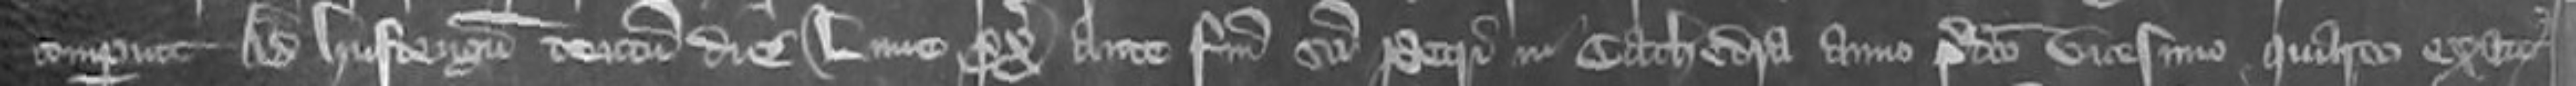
comperuit Ad Hustengum centum die Lune proximo ante Festum Sancti Petri in Cathedra anno predicto vicesimo quarto exactus